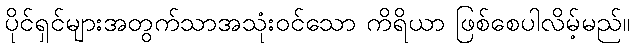
ပိုင်ရှင်များအတွက်သာအသုံးဝင်သော ကိရိယာ ဖြစ်စေပါလိမ့်မည်။